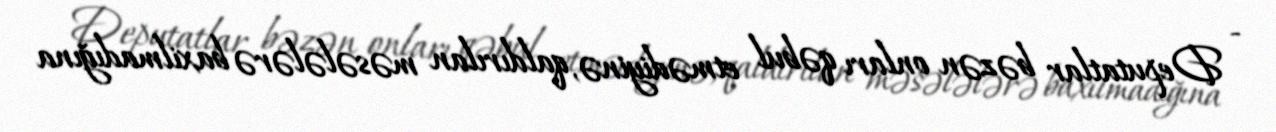
- Deputatlar bəzən onları qəbul etmədiyinə, qaldırılan məsələlərə baxilmadığına